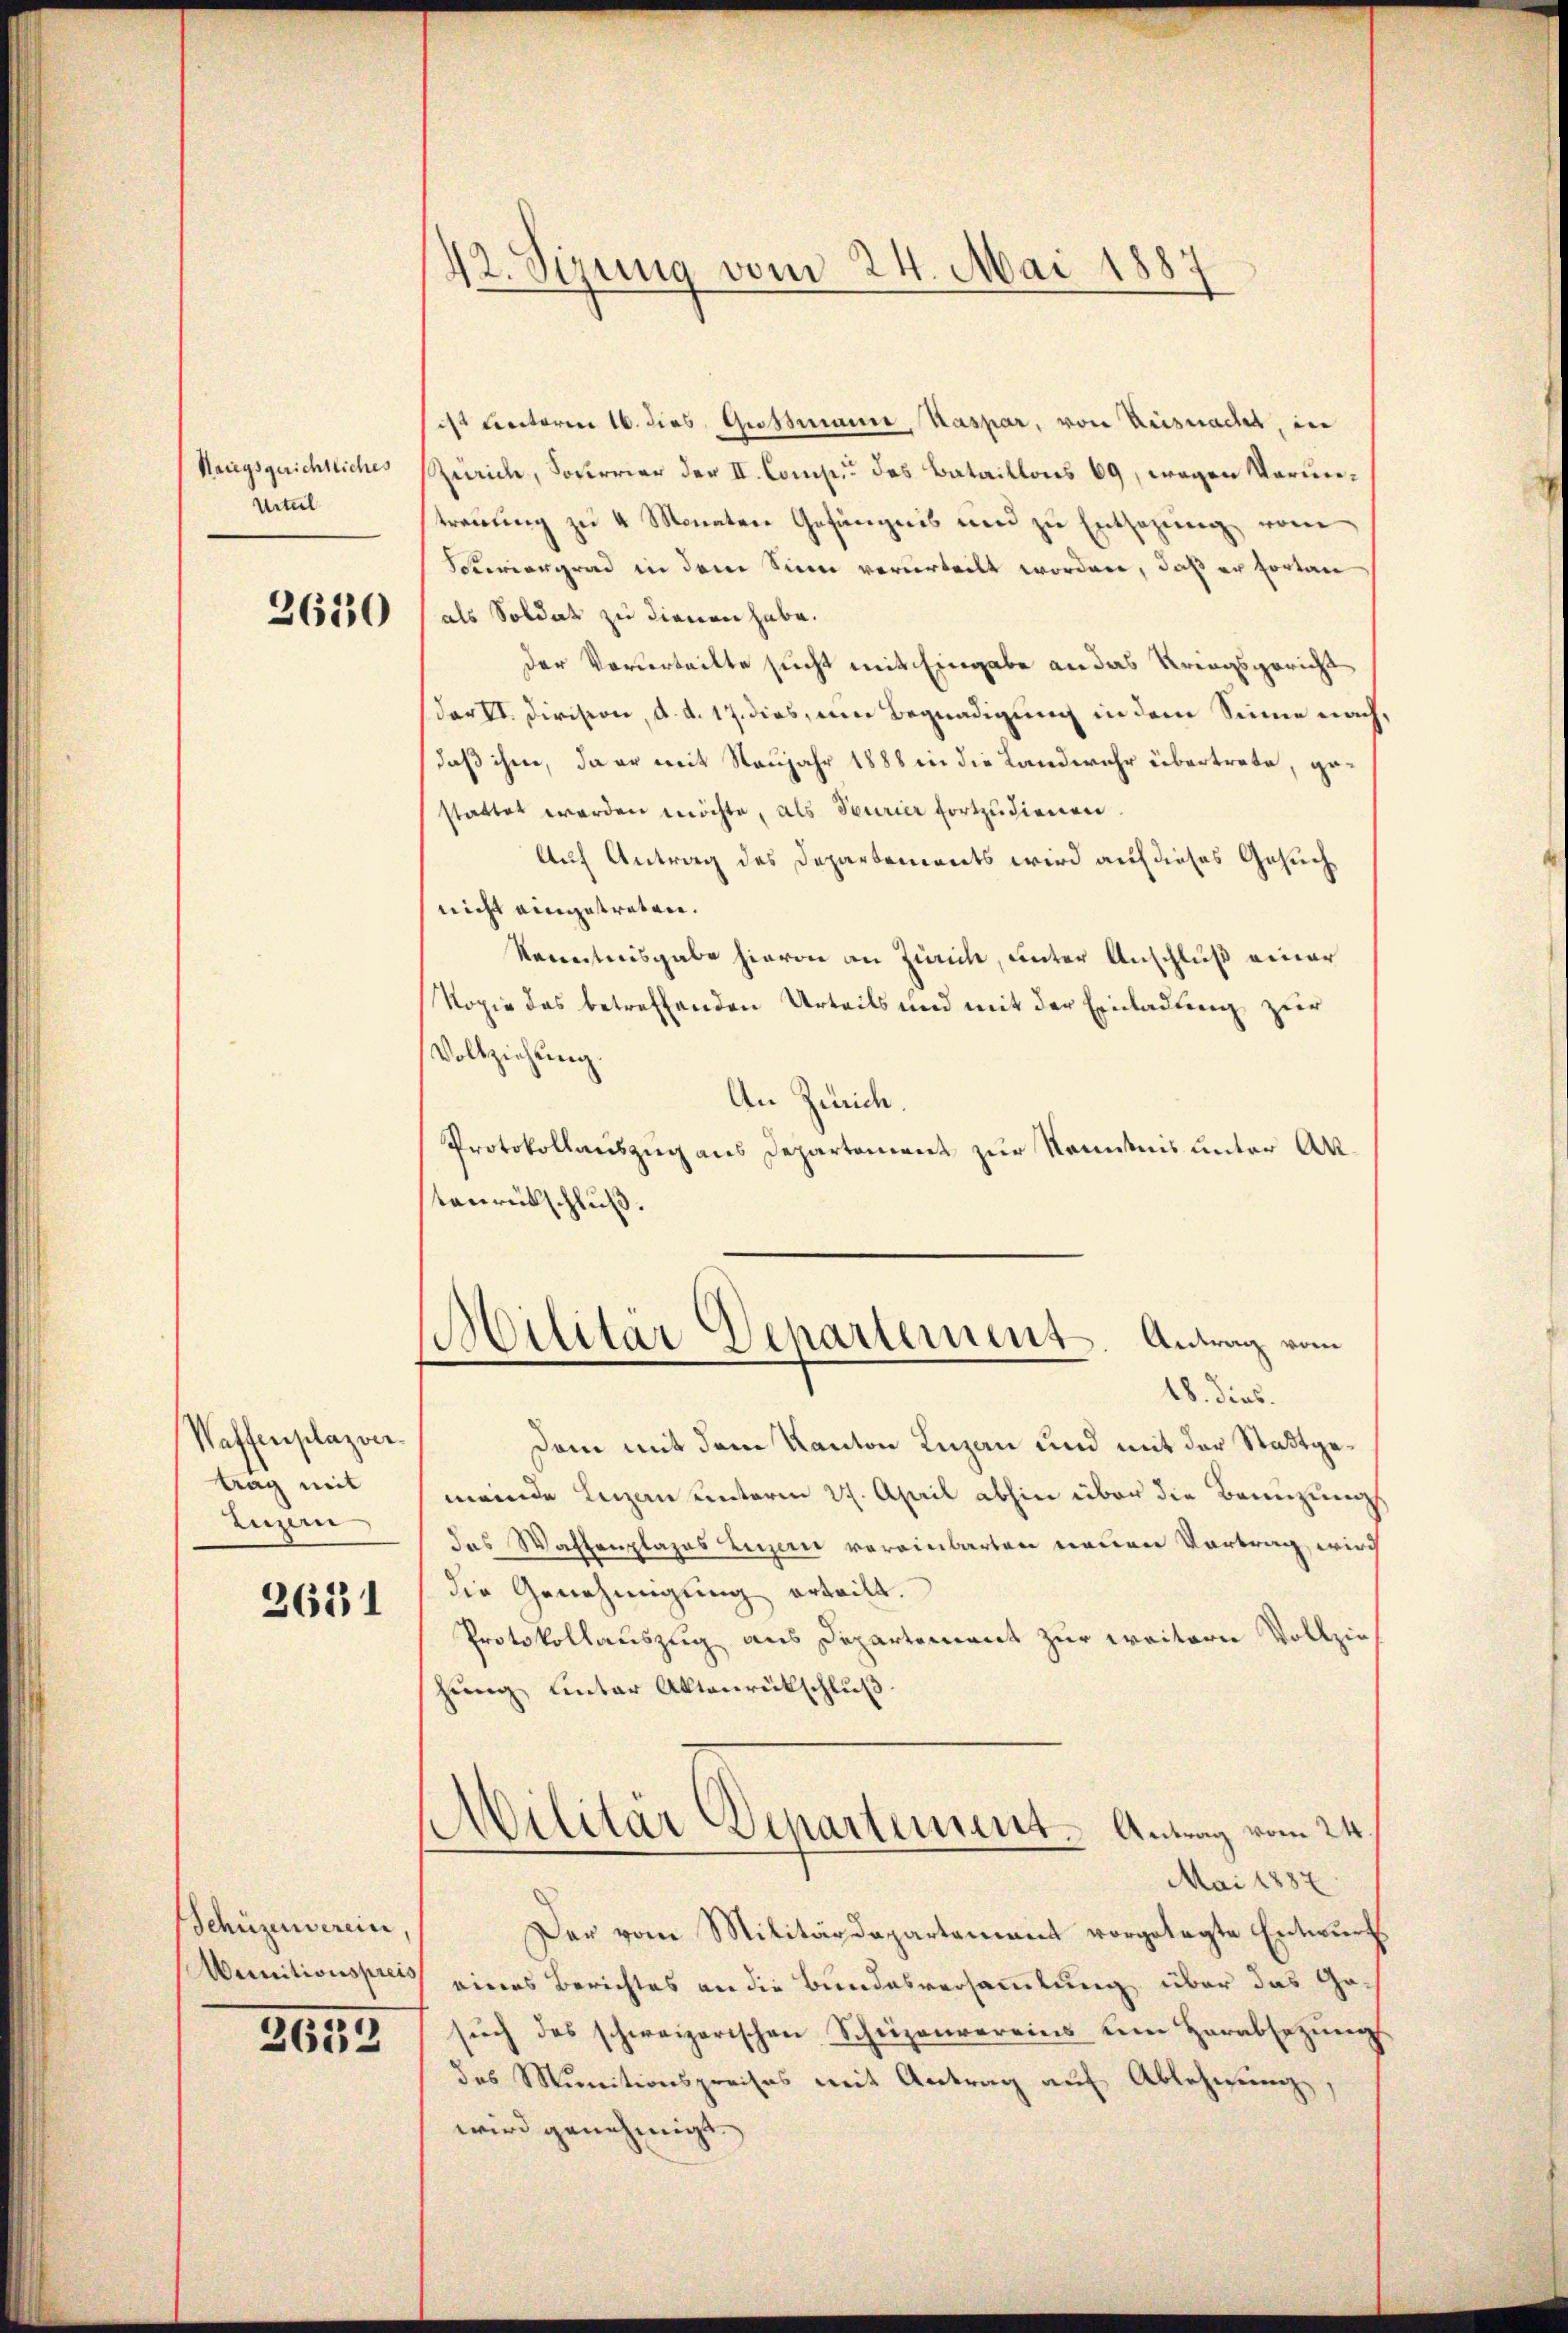
Haiegsgerichtliches
Urteil

2650

Waffenplazver
trag mit
Luzern

2651

Schüzenverein,
Wernitionspreis,

2632

42. Sizung vom 24. Mai 1887

ist Rectoren 16. dies Grossmanne, Kaspar, von Brismacht, in
Zürich, Soferrier der II. Comp. des Bataillons 69, wegen Vormietrauung zu 4 Monaten Gefängnis und zu Entsagung vom
Swiengrad in dem Sinn verurteilt worden, daß er fortan
als Soldat zu dienen habe.
der Vorurteilte sucht mit Eingabe an das Kriegsgericht
dar II. Division, d. d. 17. dies, um Begnadigung in dem Sinne nach,
daß ihm, da er mit Neujahr 1888 in die Landwehr übertrete, gestattet worden möchte, als Seurier fortzudienen.
Auf Antrag des Departements wird auf dieses Gesuchnicht eingetreten.
Renntnisgabe hievon an Zürich, unter Anschluß einer
Kopie das betreffenden Urteils und mit der Einladung zur
Vollziehung.
An Zürich.
Protokollauszug aus Departement zur Kenntnis unter Akstenrütschluß.
Militär Departement. Antrag vom
18. dies
dem mit dem Kanton Luzan und mit der Stattgemeinde Luzern unterm 27. April abhin über die Brenzung
das Waffenplazes Luzern vereinbarten neuen Vortrag, wirch
die Genehmigung erteilt.
Protokollauszug aus Departement zur weitern Vollzie
hung unter Aktenrückschluß
Militär Departement-Antrag vom 24.
Mai 1887
Der vom Militärdepartement vorgelegte Entwurf
eines Berichtes an die Bundesversammlung über das Gesŭch des schweizerischen Scheizenvereins um Herabsetzŭng
das Munitionspreises mit Antrag auf Ablehnung
wird genehmigt.